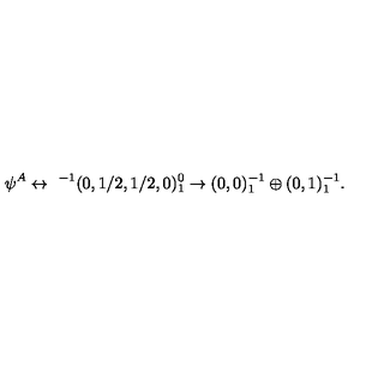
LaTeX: \psi ^ { A } \leftrightarrow \ ^ { - 1 } ( 0 , 1 / 2 , 1 / 2 , 0 ) _ { 1 } ^ { 0 } \rightarrow ( 0 , 0 ) _ { 1 } ^ { - 1 } \oplus ( 0 , 1 ) _ { 1 } ^ { - 1 } .